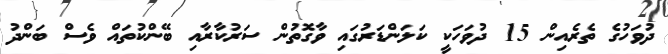
ދުވަހުގެ ތެރެއިން 15 ދުވަހަކީ ކަލަންޑަރުގައި ވާގޮތުން ސަރުކާރާއި ބޭންކުތައް ވެސް ބަންދު